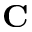
\mathbf { C }